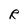
Character: R